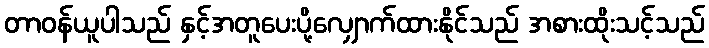
တာဝန်ယူပါသည် နှင့်အတူပေးပို့လျှောက်ထားနိုင်သည် အစားထိုးသင့်သည်